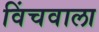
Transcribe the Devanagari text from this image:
विंचवाला